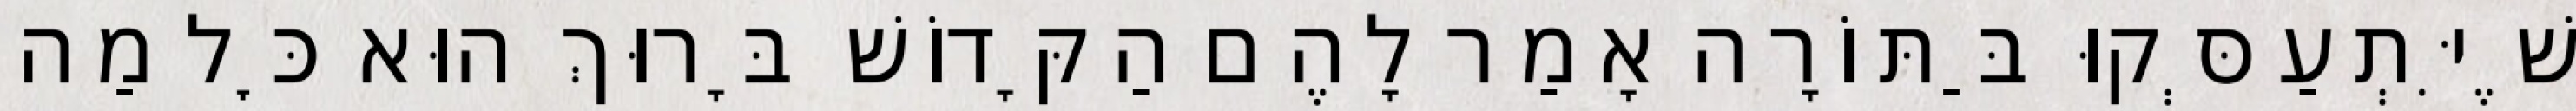
שֶׁיִּתְעַסְּקוּ בַּתּוֹרָה אָמַר לָהֶם הַקָּדוֹשׁ בָּרוּךְ הוּא כׇּל מַה